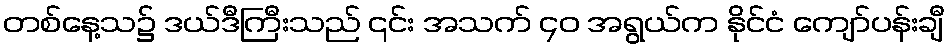
တစ်နေ့သ၌ ဒယ်ဒီကြီးသည် ၎င်း အသက် ၄၀ အရွယ်က နိုင်ငံ ကျော်ပန်းချီ